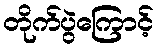
တိုက်ပွဲကြောင့်